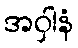
အဝှါနံ